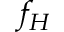
f _ { H }